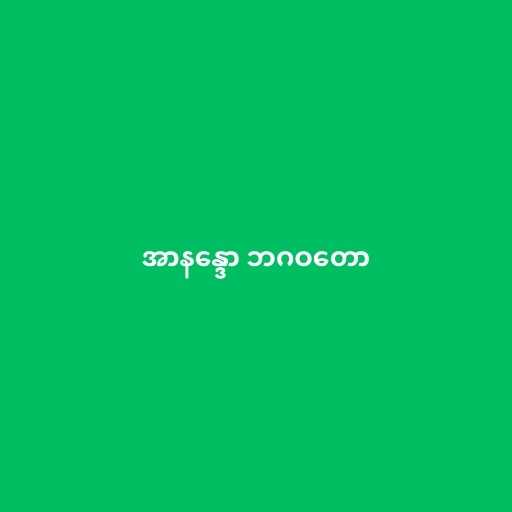
အာနန္ဒော ဘဂဝတော